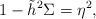
LaTeX: \begin{align*} 1-\tilde{h}^2\Sigma=\eta^2,\end{align*}